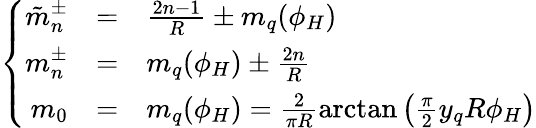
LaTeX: \left\{ \begin{array}{rcl}{{\displaystyle\tilde{m}_{n}^{\pm}}}&{{=}}&{{\frac{2n-1}{R}\pm m_{q}(\phi_{H})}}\\ {{\displaystyle m_{n}^{\pm}}}&{{=}}&{{m_{q}(\phi_{H})\pm\frac{2n}{R}}}\\ {{\displaystyle m_{0}}}&{{=}}&{{m_{q}(\phi_{H})=\frac{2}{\pi R}\mathrm{arctan}\left(\frac{\pi}{2}y_{q}R\phi_{H}\right)}}\end{array}\right.